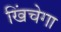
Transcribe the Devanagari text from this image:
खिंचेगा